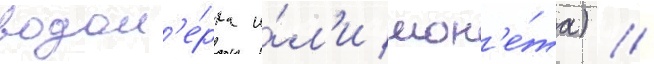
водом'е́рка и́л'и мон'е́та) //